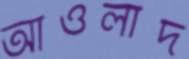
আওলাদ